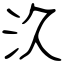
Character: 汣